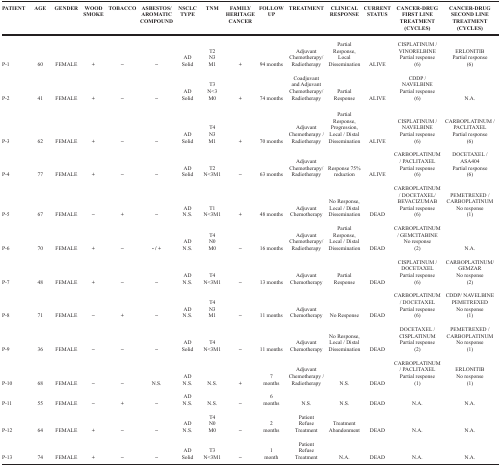
<table><thead><tr><td><b>PATIENT</b></td><td><b>AGE</b></td><td><b>GENDER</b></td><td><b>WOOD SMOKE</b></td><td><b>TOBACCO</b></td><td><b>ASBESTOS/AROMATIC COMPOUND</b></td><td><b>NSCLC TYPE</b></td><td><b>TNM</b></td><td><b>FAMILY HERITAGE CANCER</b></td><td><b>FOLLOW UP</b></td><td><b>TREATMENT</b></td><td><b>CLINICAL RESPONSE</b></td><td><b>CURRENT STATUS</b></td><td><b>CANCER-DRUG FIRST LINE TREATMENT (CYCLES)</b></td><td><b>CANCER-DRUG SECOND LINE TREATMENT (CYCLES)</b></td></tr></thead><tbody><tr><td>P-1</td><td>60</td><td>FEMALE</td><td>+</td><td>−</td><td>−</td><td>AD Solid</td><td>T2N3M1</td><td>+</td><td>94 months</td><td>Adjuvant Chemotherapy/Radiotherapy</td><td>Partial Response, Local Dissemination</td><td>ALIVE</td><td>CISPLATINUM/VINORELBINE Partial response (6)</td><td>ERLONITIB Partial response (6)</td></tr><tr><td>P-2</td><td>41</td><td>FEMALE</td><td>+</td><td>−</td><td>−</td><td>AD Solid</td><td>T3N&lt;3M0</td><td>+</td><td>74 months</td><td>Coadjuvant and Adjuvant Chemotherapy/Radiotherapy</td><td>Partial Response</td><td>ALIVE</td><td>CDDP/NAVELBINE Partial response (6)</td><td>N.A.</td></tr><tr><td>P-3</td><td>62</td><td>FEMALE</td><td>+</td><td>−</td><td>−</td><td>AD Solid</td><td>T4N3M1</td><td>+</td><td>70 months</td><td>Adjuvant Chemotherapy/Radiotherapy</td><td>Partial Response, Progression, Local/Distal Dissemination</td><td>ALIVE</td><td>CISPLATINUM/NAVELBINE Partial response (6)</td><td>CARBOPLATINUM/PACLITAXEL Partial response (6)</td></tr><tr><td>P-4</td><td>77</td><td>FEMALE</td><td>+</td><td>−</td><td>−</td><td>AD Solid</td><td>T2N&lt;3M1</td><td>−</td><td>63 months</td><td>Adjuvant Chemotherapy/Radiotherapy</td><td>Response 75% reduction</td><td>ALIVE</td><td>CARBOPLATINUM/PACLITAXEL Partial response (6)</td><td>DOCETAXEL/ASA404 Partial response (6)</td></tr><tr><td>P-5</td><td>67</td><td>FEMALE</td><td>−</td><td>+</td><td>−</td><td>AD N.S.</td><td>T1N&lt;3M1</td><td>+</td><td>48 months</td><td>Adjuvant Chemotherapy</td><td>No Response, Local/Distal Dissemination</td><td>DEAD</td><td>CARBOPLATINUM/DOCETAXEL/BEVACIZUMAB Partial response (6)</td><td>PEMETREXED/CARBOPLATINUM No response (1)</td></tr><tr><td>P-6</td><td>70</td><td>FEMALE</td><td>+</td><td>−</td><td>-/+</td><td>AD N.S.</td><td>T4N0M0</td><td>−</td><td>16 months</td><td>Adjuvant Chemotherapy/Radiotherapy</td><td>Partial Response, Local/Distal Dissemination</td><td>DEAD</td><td>CARBOPLATINUM/GEMCITABINE No response (2)</td><td>N.A.</td></tr><tr><td>P-7</td><td>48</td><td>FEMALE</td><td>+</td><td>−</td><td>−</td><td>AD N.S.</td><td>T4N&lt;3M1</td><td>−</td><td>13 months</td><td>Adjuvant Chemotherapy</td><td>Partial Response</td><td>DEAD</td><td>CISPLATINUM/DOCETAXEL Partial response (6)</td><td>CARBOPLATINUM/GEMZAR No response (2)</td></tr><tr><td>P-8</td><td>71</td><td>FEMALE</td><td>−</td><td>+</td><td>−</td><td>AD N.S.</td><td>T4N3M1</td><td>−</td><td>11 months</td><td>Adjuvant Chemotherapy</td><td>No Response</td><td>DEAD</td><td>CARBOPLATINUM/DOCETAXEL Partial response (6)</td><td>CDDP/NAVELBINE PEMETREXED No response (1)</td></tr><tr><td>P-9</td><td>36</td><td>FEMALE</td><td>−</td><td>−</td><td>−</td><td>AD Solid</td><td>T4N&lt;3M1</td><td>−</td><td>11 months</td><td>Adjuvant Chemotherapy</td><td>No Response, Local/Distal Dissemination</td><td>DEAD</td><td>DOCETAXEL/CISPLATINUM Partial response (2)</td><td>PEMETREXED/CARBOPLATINUM No response (1)</td></tr><tr><td>P-10</td><td>68</td><td>FEMALE</td><td>−</td><td>−</td><td>N.S.</td><td>AD N.S.</td><td>N.S.</td><td>+</td><td>7 months</td><td>Adjuvant Chemotherapy/Radiotherapy</td><td>N.S.</td><td>DEAD</td><td>CARBOPLATINUM/PACLITAXEL Partial response (1)</td><td>ERLONITIB No response (1)</td></tr><tr><td>P-11</td><td>55</td><td>FEMALE</td><td>−</td><td>+</td><td>−</td><td>AD N.S.</td><td>N.S.</td><td>−</td><td>6 months</td><td>N.S.</td><td>N.S.</td><td>DEAD</td><td>N.A.</td><td>N.A.</td></tr><tr><td>P-12</td><td>64</td><td>FEMALE</td><td>+</td><td>−</td><td>−</td><td>AD N.S.</td><td>T4N0M0</td><td>−</td><td>2 months</td><td>Patient Refuse Treatment</td><td>Treatment Abandonment</td><td>DEAD</td><td>N.A.</td><td>N.A.</td></tr><tr><td>P-13</td><td>74</td><td>FEMALE</td><td>+</td><td>−</td><td>−</td><td>AD Solid</td><td>T3N&lt;3M1</td><td>−</td><td>1 month</td><td>Patient Refuse Treatment</td><td>N.A.</td><td>DEAD</td><td>N.A.</td><td>N.A.</td></tr></tbody></table>